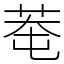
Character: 䓐